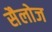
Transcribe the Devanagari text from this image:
सैलोज